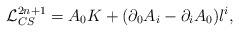
LaTeX: \begin{align*}{\cal L}_{CS}^{2n+1}= A_{0} K + (\partial_{0}A_{i}- \partial_{i}A_{0}) l^{i},\end{align*}